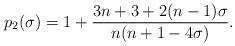
LaTeX: \begin{align*} p_2 (\sigma) = 1 + \frac{3n+3 +2(n-1)\sigma}{n(n+1 -4\sigma)}.\end{align*}